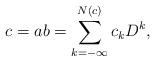
LaTeX: \begin{align*}c = ab = \sum_{k=-\infty}^{N(c)} c_k D^k, \end{align*}